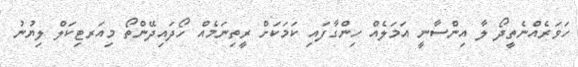
ހަވަރެއްނެތީދޯ ލާ އިންސާނީ އަމަލެއް ހިންގާފައި ކަމަކަށް ރީތިނަމެއް ހޯދައިދޭންތޯ މިއަރޓިކަލް ލިޔުނު